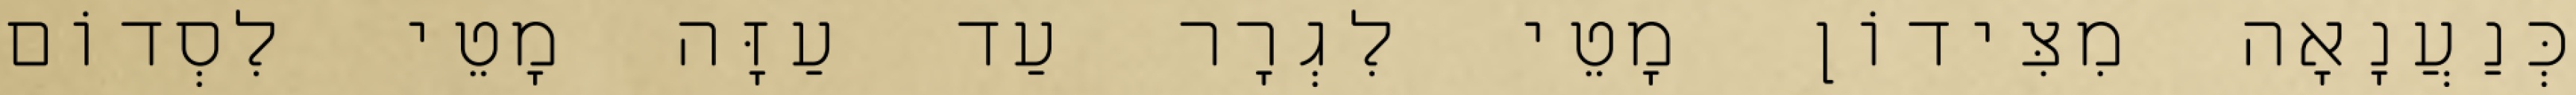
כְּנַעֲנָאָה מִצִּידוֹן מָטֵי לִגְרָר עַד עַזָּה מָטֵי לִסְדוֹם